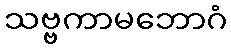
သဗ္ဗကာမဘောဂံ